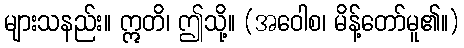
များသနည်း။ ဣတိ၊ ဤသို့။ (အဝေါစ၊ မိန့်တော်မူ၏။)